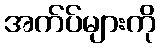
အက်ပ်များကို